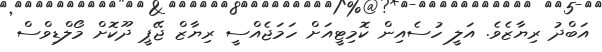
އަބްދު ރިޔާޒެވެ. އަލީ ހުސެއިން ކޮމިޓީއަށް ހަމަޖެއްސީ ރިޔާޒް ޖޭޕީ ދޫކޮށް މޯލްޑިވްސް